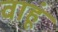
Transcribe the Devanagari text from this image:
वाहूं